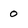
Character: o